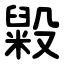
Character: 毇